[Report on the health of British troops in the Madras command]
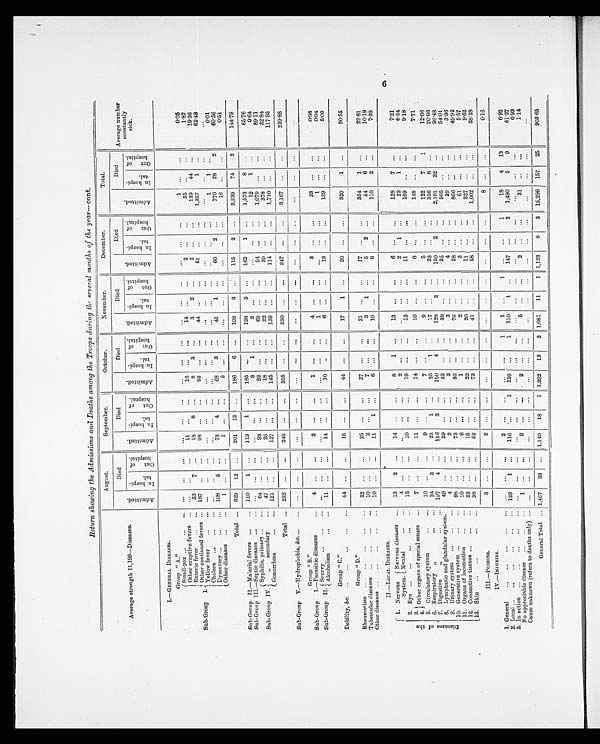
Return showing the Admissions and Deaths among the Troops during the several months of the year-cont.
Average strength 11,199-Diseases.
August.
September.
October.
November.
December,
Total.
Average number
constantly
sick.
A d m i t t e d .
Died
A d m i t t e d .
Died
A d m i t t e d .
Died
A d m i t t e d .
Died
A d m i t t e d .
Died
A d m i t t e d .
Died
I n h o s p i t a l .
Out of hospi t al .
I n h o s p i t a l .
O u t o f h o s p i t a l .
I n h o s p i t a l .
O u t o f h o s p i t a l .
I n h o s p i t a l .
O u t o f h o s p i t a l .
I n h o s p i t a l .
O u t o f h o s p i t a l .
I n h o s p i t a l .
O u t o f h o s p i t a l .
1.—
GENERAL DISEASES.
Sub-Group I.
Group " A."
Small-pox ...
...
. . .
. . .
. . .
. . .
. . .
. . .
. . .
. . .
. . .
. . .
. . .
. . .
. . .
. . .
. . .
. . .
1
...
...
0.05
Other eruptive fevers
. . .
. . .
. . .
...
11
...
...
16
...
. . .
14
...
...
2
...
. . .
55
... ...
1.87
Enteric fever
. . . . . .
33
7
...
18
8 ...
8
3
. . .
3
2 ...
2
. . .
. . .
139
44
...
19.36
Other continued fevers
...
fevers ...
187
...
. . .
9 8 ...
...
92
...
...
44
...
...
51
...
...
1,257
1
...
62.43
Yellow fever
... ... ... ... ...
...
...
...
... ... ... ...
...
...
...
...
... ... ... ...
. . .
Cholera
...
...
...
...
... ... ... ... ... ... ... ... ... ... ... ...
...
...
1
1
...
0.01
Dysentery ...
...
...
108
5
...
73
4
...
68
3
...
41
1
...
60
2
...
770
28
2
60.56
Other diseases ...
...
1
...
...
1
...
...
2
... ... ... ... ... ... ... ...
16
...
...
0.51
Total ...
329
12
...
201
12
...
186
6
...
102
3
...
115
2
...
2,239
74
2
144.79
Sub-Group II.-Malarial fevers
... ...
110
1
...
113
1
...
185
...
...
198
3
...
162
1
...
1,573
8
...
65.76
Sub-Group III.-Septic diseases ...
...
... ... ... ... ... ...
3
1
...
2
...
...
... ...
...
12
1
...
0.64
Sub-Group IV.
Syphilis, primary ...
...
64
... ...
93
...
...
92
...
...
69
... ...
94
...
...
1,079
... ...
89.11
„
secondary
. . .
47
...
... I
25
...
...
18
...
...
22
... ...
39
...
...
378
...
...
32.84
Gonorrhœa
... ...
121
...
...
127
...
...
145
... ...
139
...
...
114
...
...
1,710
...
...
117.93
Total ...
232
...
...
245
...
...
255
...
...
230
... ...
247
...
...
3,167
...
...
239.88
Sub-Group V.-Hydrophobia,&c...
...
...
...
...
...
...
...
...
... ... ... ... ... ... ... ... ...
...
...
...
Group " B."
Sub-Group I.-Parasitic diseases
...
4
...
...
2
... ...
1
... ...
4
... ...
3
...
...
33
...
...
0.98
Sub-Group II. Scurvy
. . .
...
...
... ... ... ... ... ... ... ... ...
1
... ... ... ... ...
1
... ...
0.04
Alcoholism
. . .
. . .
11
...
...
14
...
...
10
..
...
6
...
...
13
...
...
139
...
...
5.00
Group "C."
I
Debility, &c. ...
...
...
...
...
44
...
...
15
...
...
44
...
...
17
1
...
20
...
...
320
1
...
20.55
Group"D."
Rheumatism ...
. . . ...
...
...
32
... ...
25
... ...
27
...
...
21
...
...
17
... ...
354
1
...
22.81
Tubercular diseases
. . .
. . .
. . .
. . .
10
...
...
2
...
...
7
... ...
3
1
...
5
2
...
54
6
...
10.19
Other diseases ...
...
...
...
. . .
10
...
...
11
1
...
6
... ...
10
... ...
8
...
...
110
2
...
7.39
II-LOCAL DISEASES.
v
D i s e a s e s o f t h e
1. Nervous
System.
Nervous diseases
. . .
13
2
...
1 4
... ...
8
1
...
13
... ...
6 ...
...
128
7
...
7.21
Mental
...
. . .
4
... ...
...
...
...
2
...
... ...
...
...
2
1
...
23
1
...
6.54
2. Eye
. . .
. . . . . .
. . .
. . . 15
... ...
10
...
...
19
...
...
13
...
...
11
...
...
169
...
...
9.18
3.
Other organs of special senses
. . .
7
... ...
11
...
...
14
... ...
10
...
...
8
...
...
148
... ...
7.71
4
5. Circulatory system
Circulatory system
... ...
10
...
...
9
... ...
7
...
...
9
...
...
5
...
...
122
7
1
12.66
6. Respiratory
, ,
... ...
24
3
...
23
1
...
25
1
...
17
...
...
33
...
...
356
8
...
20.66
7. Digestive Digestive
, ,
... ...
197
4
...
136
3
...
150
4
...
128
2
...
150
2
...
2,101
32
...
96.48
8. Lymphatic and glandular system.
49
... ...
39
...
...
33
...
...
39
... ...
35
... ...
505
...
...
54.01
9. Urinary system
...
.. .
...
4
...
...
2
...
...
3
... ...
3
... ...
4
...
...
39
... ...
3.36
10. Generative system ...
...
...
98
... ...
73
...
...
83
...
...
76
... ...
58
... ...
866
... ...
49.92
11. Organs of locomotion
. . .
. . . 10
... ...
6
... ...
1
...
...
2
...
...
3
... ...
61
...
...
5.57
12. Connective tissues ...
...
...
23
...
...
15
...
...
22
...
20
...
....
..
11
...
...
227
...
...
9.62
1 3 .
Skin ...
. . . . . .
. . .
98
...
52
...
...
73
...
...
41
...
...
58
...
...
1,002
...
...
38.28
III.-POISONS.
3
...
...
2
...
... ... ... ... ... ... ... ... ... ...
8
...
...
0.16
1.
IV.-INJURIES.
-
_
General
... ... ... ... ... ...
... ...
2
...
...
...
...
1
1
...
1
...
...
1
18
4 13
0.92
2. Local ...
... ... ... ... ...
129
1
...
116
...
1
126
...
1
110
1
...
147
...
2
1,490
5
9
61.27
3. In action
...
...
...
...
...
... ...
...
... ... ... ... ... ... ... ... ... ... ... ... ... ...
...
0.93
No appreciable disease
... ... ...
1
...
...
2
...
...
2
...
...
5
...
...
2
...
...
31
...
...
1.14
Cause unknown (refers to deaths only) ...
... ...
...
...
... ... ...
...
...
... ... ... ...
...
...
...
... ... ...
General Total ... 1,467
23
...
1,140
18
1 1,292
13
2 1,081
11
1 1,123
8
3
15,296
157
25
903.65